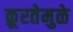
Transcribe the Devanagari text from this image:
क्रूरतेमुळे